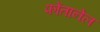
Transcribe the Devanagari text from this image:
फोंतानेल